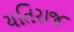
યતિરાજ